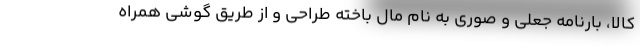
کالا، بارنامه جعلی و صوری به نام مال باخته طراحی و از طریق گوشی همراه